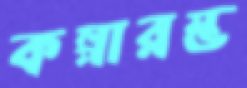
কল্পারম্ভ